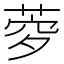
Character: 𦲎